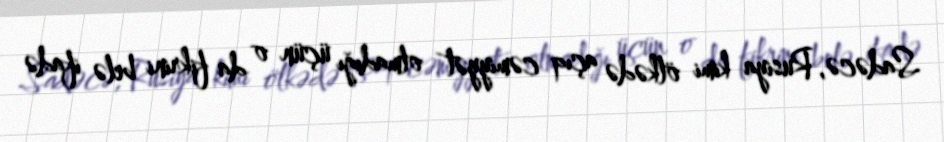
Sadəcə, Rusiya kimi ölkədə açıq cəmiyyət olmadığı üçün o da fikrini belə ifadə